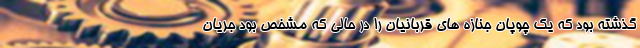
گذشته بود که یک چوپان جنازه های قربانیان را در حالی که مشخص بود جریان